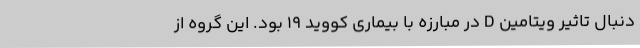
دنبال تاثیر ویتامین D در مبارزه با بیماری کووید ۱۹ بود. این گروه از